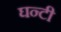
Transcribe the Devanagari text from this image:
घन्टी